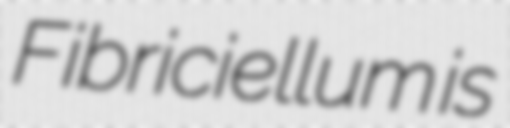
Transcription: Fibriciellum is